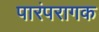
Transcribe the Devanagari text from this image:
पारंपरागक